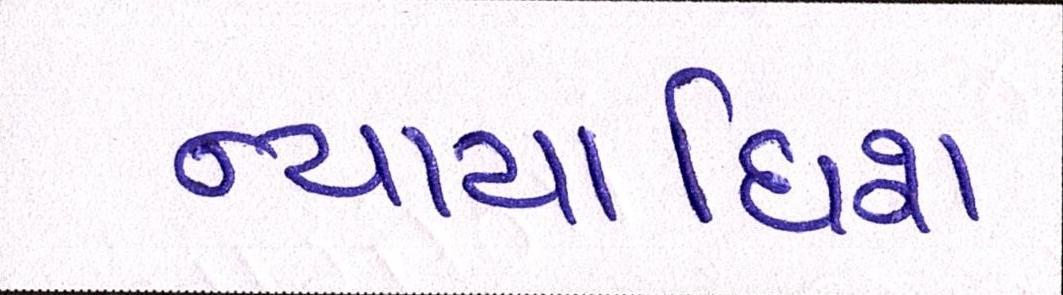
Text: ન્યાયાધિશ